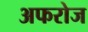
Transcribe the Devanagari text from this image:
अफरोज